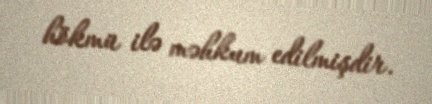
hökmü ilə məhkum edilmişdir.